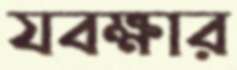
যবক্ষার